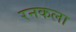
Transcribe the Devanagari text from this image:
रनकला